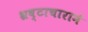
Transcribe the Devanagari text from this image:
भ्रष्टाचाराने